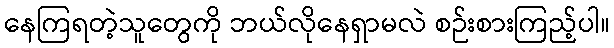
နေကြရတဲ့သူတွေကို ဘယ်လိုနေရှာမလဲ စဉ်းစားကြည့်ပါ။